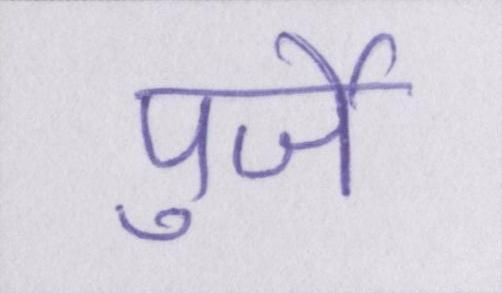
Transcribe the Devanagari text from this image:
पुर्जे